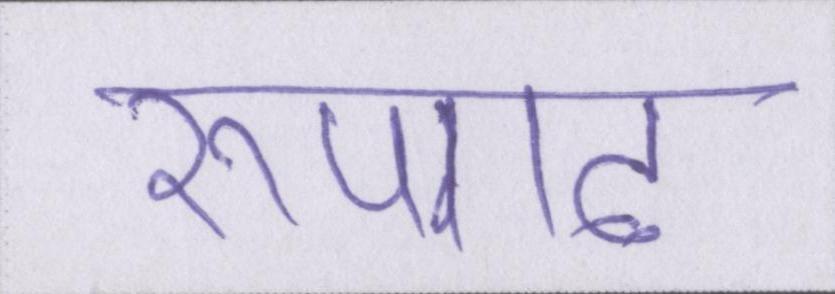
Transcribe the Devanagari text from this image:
रूपगढ